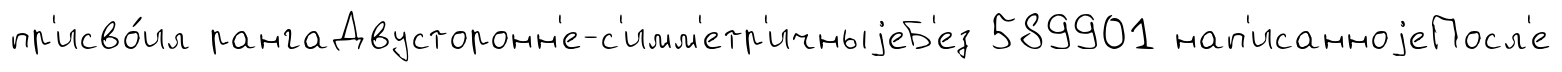
пр'исво́ил рангаДвусторонн'е-с'имм'етр'ичныjеБ'ез 589901 нап'исанноjеПосл'е